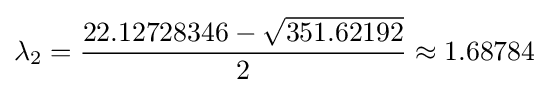
\lambda _{2}={\frac {22.12728346-{\sqrt {351.62192}}}{2}}\approx 1.68784